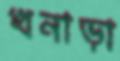
খনাড়া